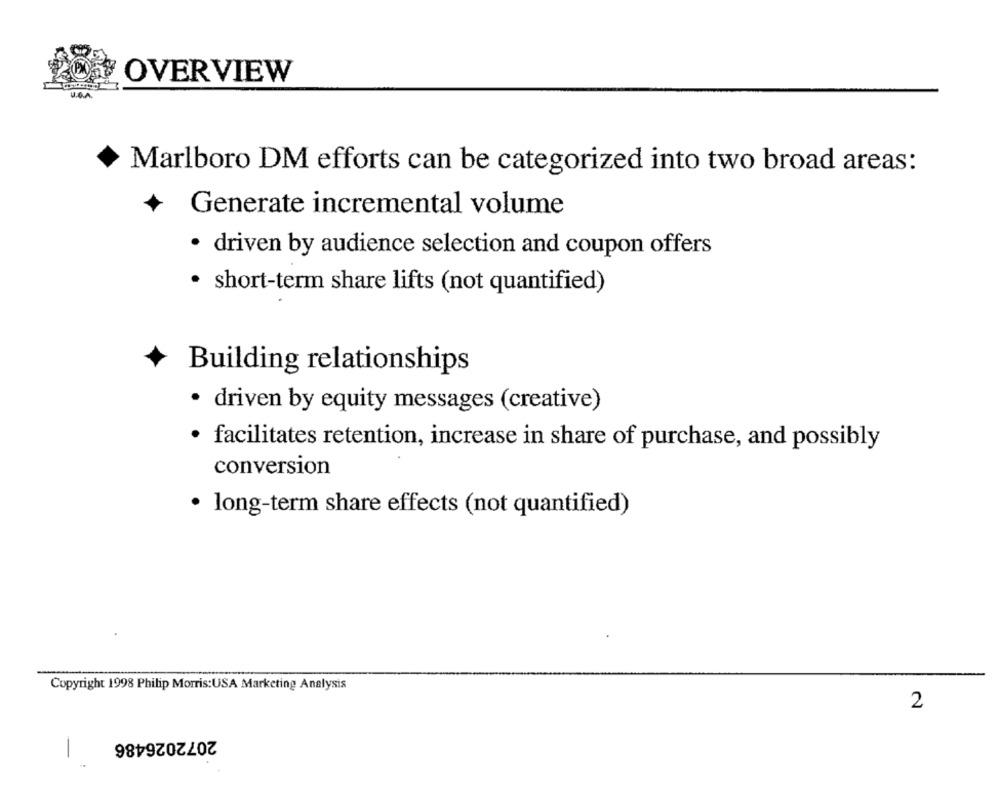
OVERVIEW
U.C.A.
Marlboro DM efforts can be categorized into two broad areas:
Generate incremental volume
· driven by audience selection and coupon offers
· short-term share lifts (not quantified)
Building relationships
· driven by equity messages (creative)
facilitates retention, increase in share of purchase, and possibly
conversion
· long-term share effects (not quantified)
Copyright 1998 Philip Morris:USA Marketing Analysis
2
2072026486
-